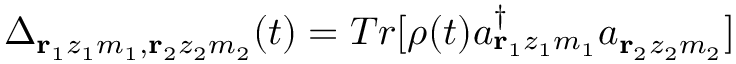
\Delta _ { { \bf r } _ { 1 } z _ { 1 } m _ { 1 } , { \bf r } _ { 2 } z _ { 2 } m _ { 2 } } ( t ) = T r [ \rho ( t ) a _ { { \bf r } _ { 1 } z _ { 1 } m _ { 1 } } ^ { \dagger } a _ { { \bf r } _ { 2 } z _ { 2 } m _ { 2 } } ]